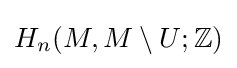
H_{n}(M,M\setminus U;\mathbb {Z} )